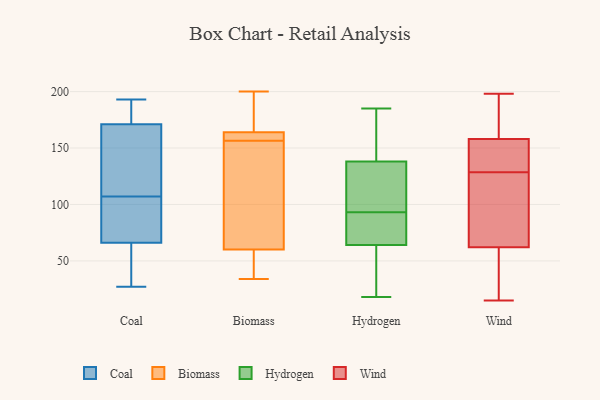
{"axis": {"x": "Churn Rate (%)", "y": "Value"}, "legend": ["Biomass", "Coal", "Hydrogen", "Wind"], "data": [{"x": "", "y": 179, "type": "Coal"}, {"x": "", "y": 66, "type": "Coal"}, {"x": "", "y": 30, "type": "Coal"}, {"x": "", "y": 152, "type": "Coal"}, {"x": "", "y": 70, "type": "Coal"}, {"x": "", "y": 193, "type": "Coal"}, {"x": "", "y": 27, "type": "Coal"}, {"x": "", "y": 142, "type": "Coal"}, {"x": "", "y": 126, "type": "Coal"}, {"x": "", "y": 88, "type": "Coal"}, {"x": "", "y": 86, "type": "Coal"}, {"x": "", "y": 191, "type": "Coal"}, {"x": "", "y": 33, "type": "Coal"}, {"x": "", "y": 171, "type": "Coal"}, {"x": "", "y": 48, "type": "Biomass"}, {"x": "", "y": 163, "type": "Biomass"}, {"x": "", "y": 34, "type": "Biomass"}, {"x": "", "y": 151, "type": "Biomass"}, {"x": "", "y": 60, "type": "Biomass"}, {"x": "", "y": 200, "type": "Biomass"}, {"x": "", "y": 164, "type": "Biomass"}, {"x": "", "y": 83, "type": "Biomass"}, {"x": "", "y": 166, "type": "Biomass"}, {"x": "", "y": 162, "type": "Biomass"}, {"x": "", "y": 89, "type": "Hydrogen"}, {"x": "", "y": 68, "type": "Hydrogen"}, {"x": "", "y": 18, "type": "Hydrogen"}, {"x": "", "y": 99, "type": "Hydrogen"}, {"x": "", "y": 66, "type": "Hydrogen"}, {"x": "", "y": 98, "type": "Hydrogen"}, {"x": "", "y": 42, "type": "Hydrogen"}, {"x": "", "y": 138, "type": "Hydrogen"}, {"x": "", "y": 168, "type": "Hydrogen"}, {"x": "", "y": 138, "type": "Hydrogen"}, {"x": "", "y": 167, "type": "Hydrogen"}, {"x": "", "y": 55, "type": "Hydrogen"}, {"x": "", "y": 62, "type": "Hydrogen"}, {"x": "", "y": 185, "type": "Hydrogen"}, {"x": "", "y": 68, "type": "Hydrogen"}, {"x": "", "y": 97, "type": "Hydrogen"}, {"x": "", "y": 138, "type": "Wind"}, {"x": "", "y": 198, "type": "Wind"}, {"x": "", "y": 119, "type": "Wind"}, {"x": "", "y": 169, "type": "Wind"}, {"x": "", "y": 15, "type": "Wind"}, {"x": "", "y": 60, "type": "Wind"}, {"x": "", "y": 158, "type": "Wind"}, {"x": "", "y": 156, "type": "Wind"}, {"x": "", "y": 167, "type": "Wind"}, {"x": "", "y": 68, "type": "Wind"}, {"x": "", "y": 110, "type": "Wind"}, {"x": "", "y": 178, "type": "Wind"}, {"x": "", "y": 155, "type": "Wind"}, {"x": "", "y": 158, "type": "Wind"}, {"x": "", "y": 83, "type": "Wind"}, {"x": "", "y": 28, "type": "Wind"}, {"x": "", "y": 39, "type": "Wind"}, {"x": "", "y": 62, "type": "Wind"}]}